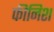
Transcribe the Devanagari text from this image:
फीनिश